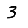
Digit: 3